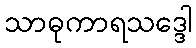
သာဓုကာရသဒ္ဒေါ